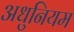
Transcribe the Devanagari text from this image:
अधुनियम